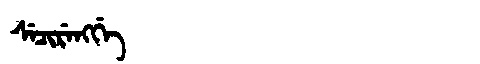
Manchu: ᠰᡝᠴᡳᡵᡝᠩᡤᡝ
Romanization: SECIRENGGE